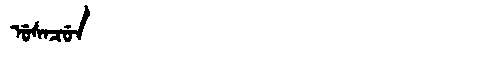
Manchu: ᡠᠰᠠᠴᡠᠨ
Romanization: USACUN